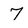
Character: 7